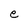
Character: e